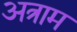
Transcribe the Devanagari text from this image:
अत्राम